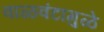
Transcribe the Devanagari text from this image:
वाळवंटामुळे